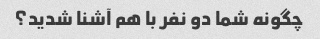
چگونه شما دو نفر با هم آشنا شدید؟